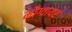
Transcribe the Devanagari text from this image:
मौग्वायर